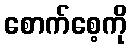
စောက်စေ့ကို